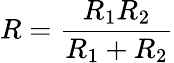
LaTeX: R=\frac{R_{1}R_{2}}{R_{1}+R_{2}}